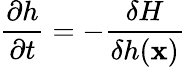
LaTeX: \frac{\partial h}{\partial t}=-\frac{\delta H}{\delta h({\mathbf x})}